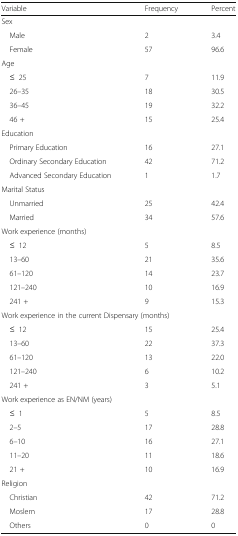
<table><thead><tr><td><b>Variable</b></td><td><b>Frequency</b></td><td><b>Percent</b></td></tr></thead><tbody><tr><td colspan="3">Sex</td></tr><tr><td> Male</td><td>2</td><td>3.4</td></tr><tr><td> Female</td><td>57</td><td>96.6</td></tr><tr><td colspan="3">Age</td></tr><tr><td> ≤25</td><td>7</td><td>11.9</td></tr><tr><td> 26–35</td><td>18</td><td>30.5</td></tr><tr><td> 36–45</td><td>19</td><td>32.2</td></tr><tr><td> 46 +</td><td>15</td><td>25.4</td></tr><tr><td colspan="3">Education</td></tr><tr><td> Primary Education</td><td>16</td><td>27.1</td></tr><tr><td> Ordinary Secondary Education</td><td>42</td><td>71.2</td></tr><tr><td> Advanced Secondary Education</td><td>1</td><td>1.7</td></tr><tr><td colspan="3">Marital Status</td></tr><tr><td> Unmarried</td><td>25</td><td>42.4</td></tr><tr><td> Married</td><td>34</td><td>57.6</td></tr><tr><td colspan="3">Work experience (months)</td></tr><tr><td> ≤12</td><td>5</td><td>8.5</td></tr><tr><td> 13–60</td><td>21</td><td>35.6</td></tr><tr><td> 61–120</td><td>14</td><td>23.7</td></tr><tr><td> 121–240</td><td>10</td><td>16.9</td></tr><tr><td> 241 +</td><td>9</td><td>15.3</td></tr><tr><td colspan="3">Work experience in the current Dispensary (months)</td></tr><tr><td> ≤12</td><td>15</td><td>25.4</td></tr><tr><td> 13–60</td><td>22</td><td>37.3</td></tr><tr><td> 61–120</td><td>13</td><td>22.0</td></tr><tr><td> 121–240</td><td>6</td><td>10.2</td></tr><tr><td> 241 +</td><td>3</td><td>5.1</td></tr><tr><td colspan="3">Work experience as EN/NM (years)</td></tr><tr><td> ≤1</td><td>5</td><td>8.5</td></tr><tr><td> 2–5</td><td>17</td><td>28.8</td></tr><tr><td> 6–10</td><td>16</td><td>27.1</td></tr><tr><td> 11–20</td><td>11</td><td>18.6</td></tr><tr><td> 21 +</td><td>10</td><td>16.9</td></tr><tr><td colspan="3">Religion</td></tr><tr><td> Christian</td><td>42</td><td>71.2</td></tr><tr><td> Moslem</td><td>17</td><td>28.8</td></tr><tr><td> Others</td><td>0</td><td>0</td></tr></tbody></table>